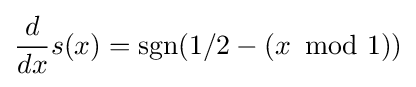
{\frac {d}{dx}}s(x)=\operatorname {sgn} (1/2-(x\!\!\!\mod 1))